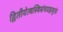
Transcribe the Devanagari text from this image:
द्वितीयेत्वस्थिसंचयइत्युक्तं